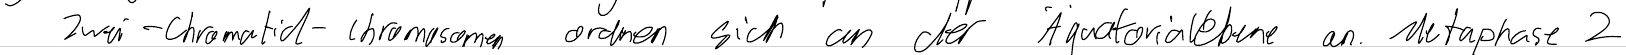
Zwei-Chromatid-Chromosomen ordnen sich an der Äquatorialebene an. Metaphase 2